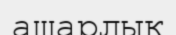
ашарлық